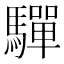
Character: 驒